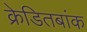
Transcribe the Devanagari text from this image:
क्रेडितबांक